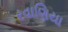
રવાણિયા